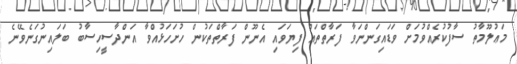
މަޢުލޫމާތު ސާފުކުރެއްވުމަށް ވަޑައިގަންނަވާ ފަރާތްތައް ފިޔަވައި އެނޫން ފަރާތްތަކުން ހުށަހަޅުއްވާ އަންދާސީހިސާބު ބަލައިނުގަނެވޭނެ